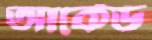
আর্কেড